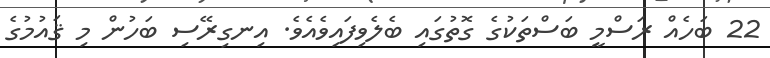
22 ބަހެއް ރަސްމީ ބަސްތަކުގެ ގޮތުގައި ބެލެވިފައިވެއެވެ. އިނގިރޭސި ބަހުން މި ޤައުމުގެ